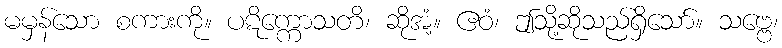
မမှန်သော စကားကို။ ပဋိက္ကောသတိ၊ ဆိုအံ့။ ဧဝံ၊ ဤသို့ဆိုသည်ရှိသော်။ သဗ္ဗေ၊